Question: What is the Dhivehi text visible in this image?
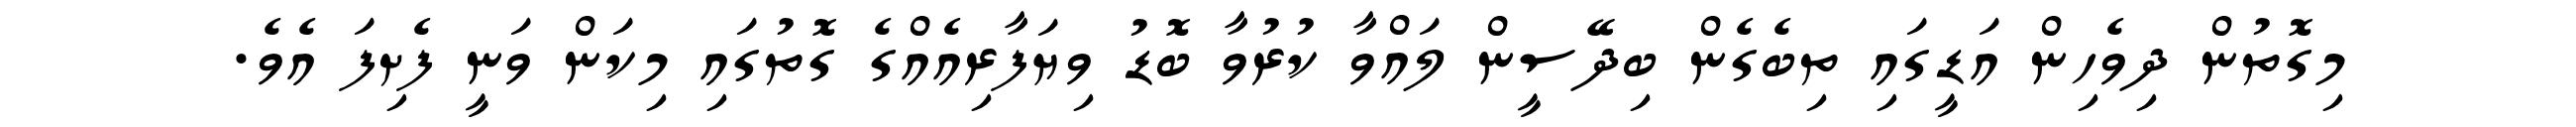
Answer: މިގޮތުން ދިވެހިން އަޑީގައި ތިބެގެން ބިދޭސީން ލައްވާ ކުރުވާ ބޮޑު ވިޔަފާރިއެއްގެ ގޮތުގައި މިކަން ވަނީ ފެށިފަ އެވެ.